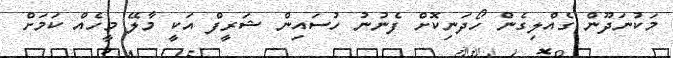
މަކުނަދޫން ގެއްލިގެން ހޯދަނިކޮށް ފެނުނު ހުސައިން ޝަރީފް އަކީ މާލޭ މީހެއް ކަމަށް